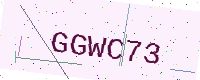
Text: GGWC73